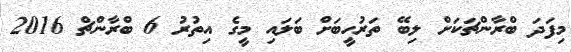
މިފަދަ ބްރާންޗަކަށް ލިބޭ ތަރުހީބަށް ބަލައި މީގެ އިތުރު 6 ބްރާންޗް 2016